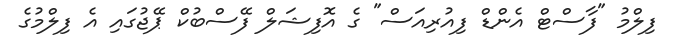
ފިލްމު "ފާސްޓް އެންޑް ފިއުރިއަސް" ގެ އޮފިޝަލް ފޭސްބުކް ޕޭޖުގައި އެ ފިލްމުގެ